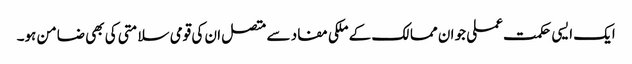
ایک ایسی حکمت عملی جو ان ممالک کے ملکی مفاد سے متصل ان کی قومی سلامتی کی بھی ضامن ہو۔